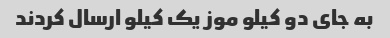
به جای دو کیلو موز یک کیلو ارسال کردند